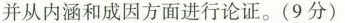
并从内涵和成因方面进行论证。(9分)